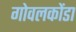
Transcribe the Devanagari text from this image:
गोवलकोंडा